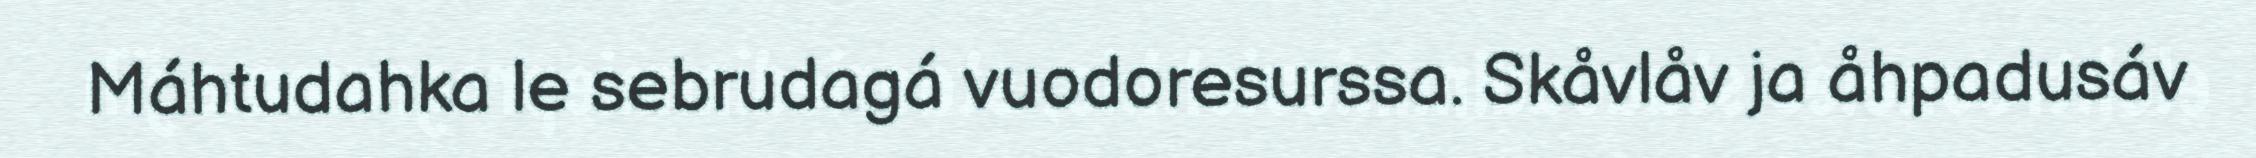
Máhtudahka le sebrudagá vuodoresurssa. Skåvlåv ja åhpadusáv